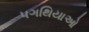
પગથિયાઓ